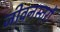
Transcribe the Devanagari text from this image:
जीवनस्तरों